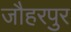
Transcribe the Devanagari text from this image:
जौहरपुर